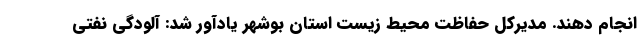
انجام دهند. مدیرکل حفاظت محیط زیست استان بوشهر یادآور شد: آلودگی نفتی